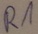
Text: R1